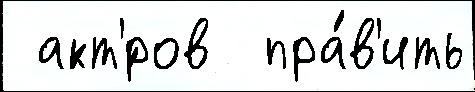
 акт'́ров  пра́в'ить